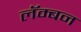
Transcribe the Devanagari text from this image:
लॅम्बन